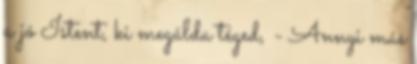
a jó Istent, ki megálda téged, - Annyi más